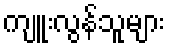
ကျူးလွန်သူများ